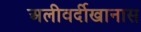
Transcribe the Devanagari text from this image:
अलीवर्दीखानास